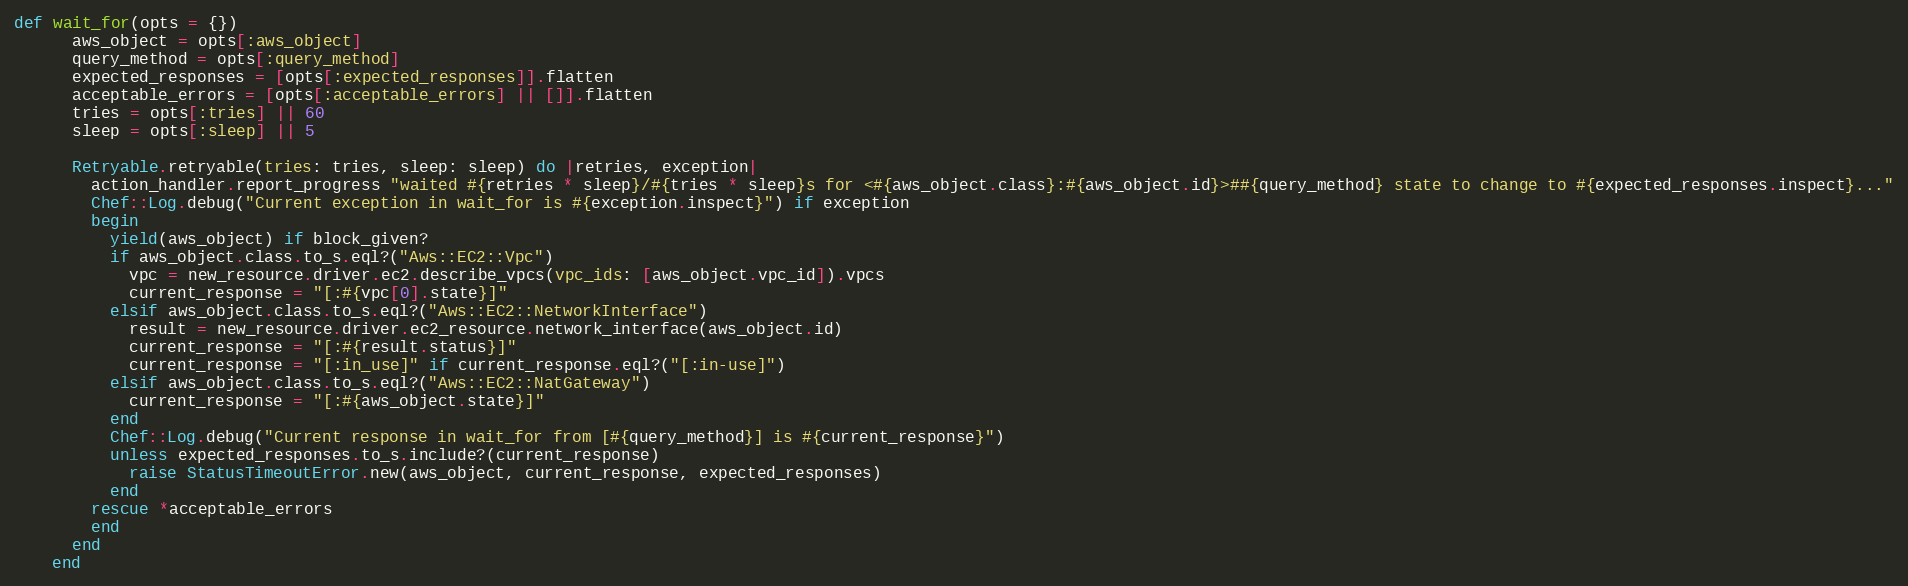
Language: Ruby
def wait_for(opts = {})
      aws_object = opts[:aws_object]
      query_method = opts[:query_method]
      expected_responses = [opts[:expected_responses]].flatten
      acceptable_errors = [opts[:acceptable_errors] || []].flatten
      tries = opts[:tries] || 60
      sleep = opts[:sleep] || 5

      Retryable.retryable(tries: tries, sleep: sleep) do |retries, exception|
        action_handler.report_progress "waited #{retries * sleep}/#{tries * sleep}s for <#{aws_object.class}:#{aws_object.id}>##{query_method} state to change to #{expected_responses.inspect}..."
        Chef::Log.debug("Current exception in wait_for is #{exception.inspect}") if exception
        begin
          yield(aws_object) if block_given?
          if aws_object.class.to_s.eql?("Aws::EC2::Vpc")
            vpc = new_resource.driver.ec2.describe_vpcs(vpc_ids: [aws_object.vpc_id]).vpcs
            current_response = "[:#{vpc[0].state}]"
          elsif aws_object.class.to_s.eql?("Aws::EC2::NetworkInterface")
            result = new_resource.driver.ec2_resource.network_interface(aws_object.id)
            current_response = "[:#{result.status}]"
            current_response = "[:in_use]" if current_response.eql?("[:in-use]")
          elsif aws_object.class.to_s.eql?("Aws::EC2::NatGateway")
            current_response = "[:#{aws_object.state}]"
          end
          Chef::Log.debug("Current response in wait_for from [#{query_method}] is #{current_response}")
          unless expected_responses.to_s.include?(current_response)
            raise StatusTimeoutError.new(aws_object, current_response, expected_responses)
          end
        rescue *acceptable_errors
        end
      end
    end